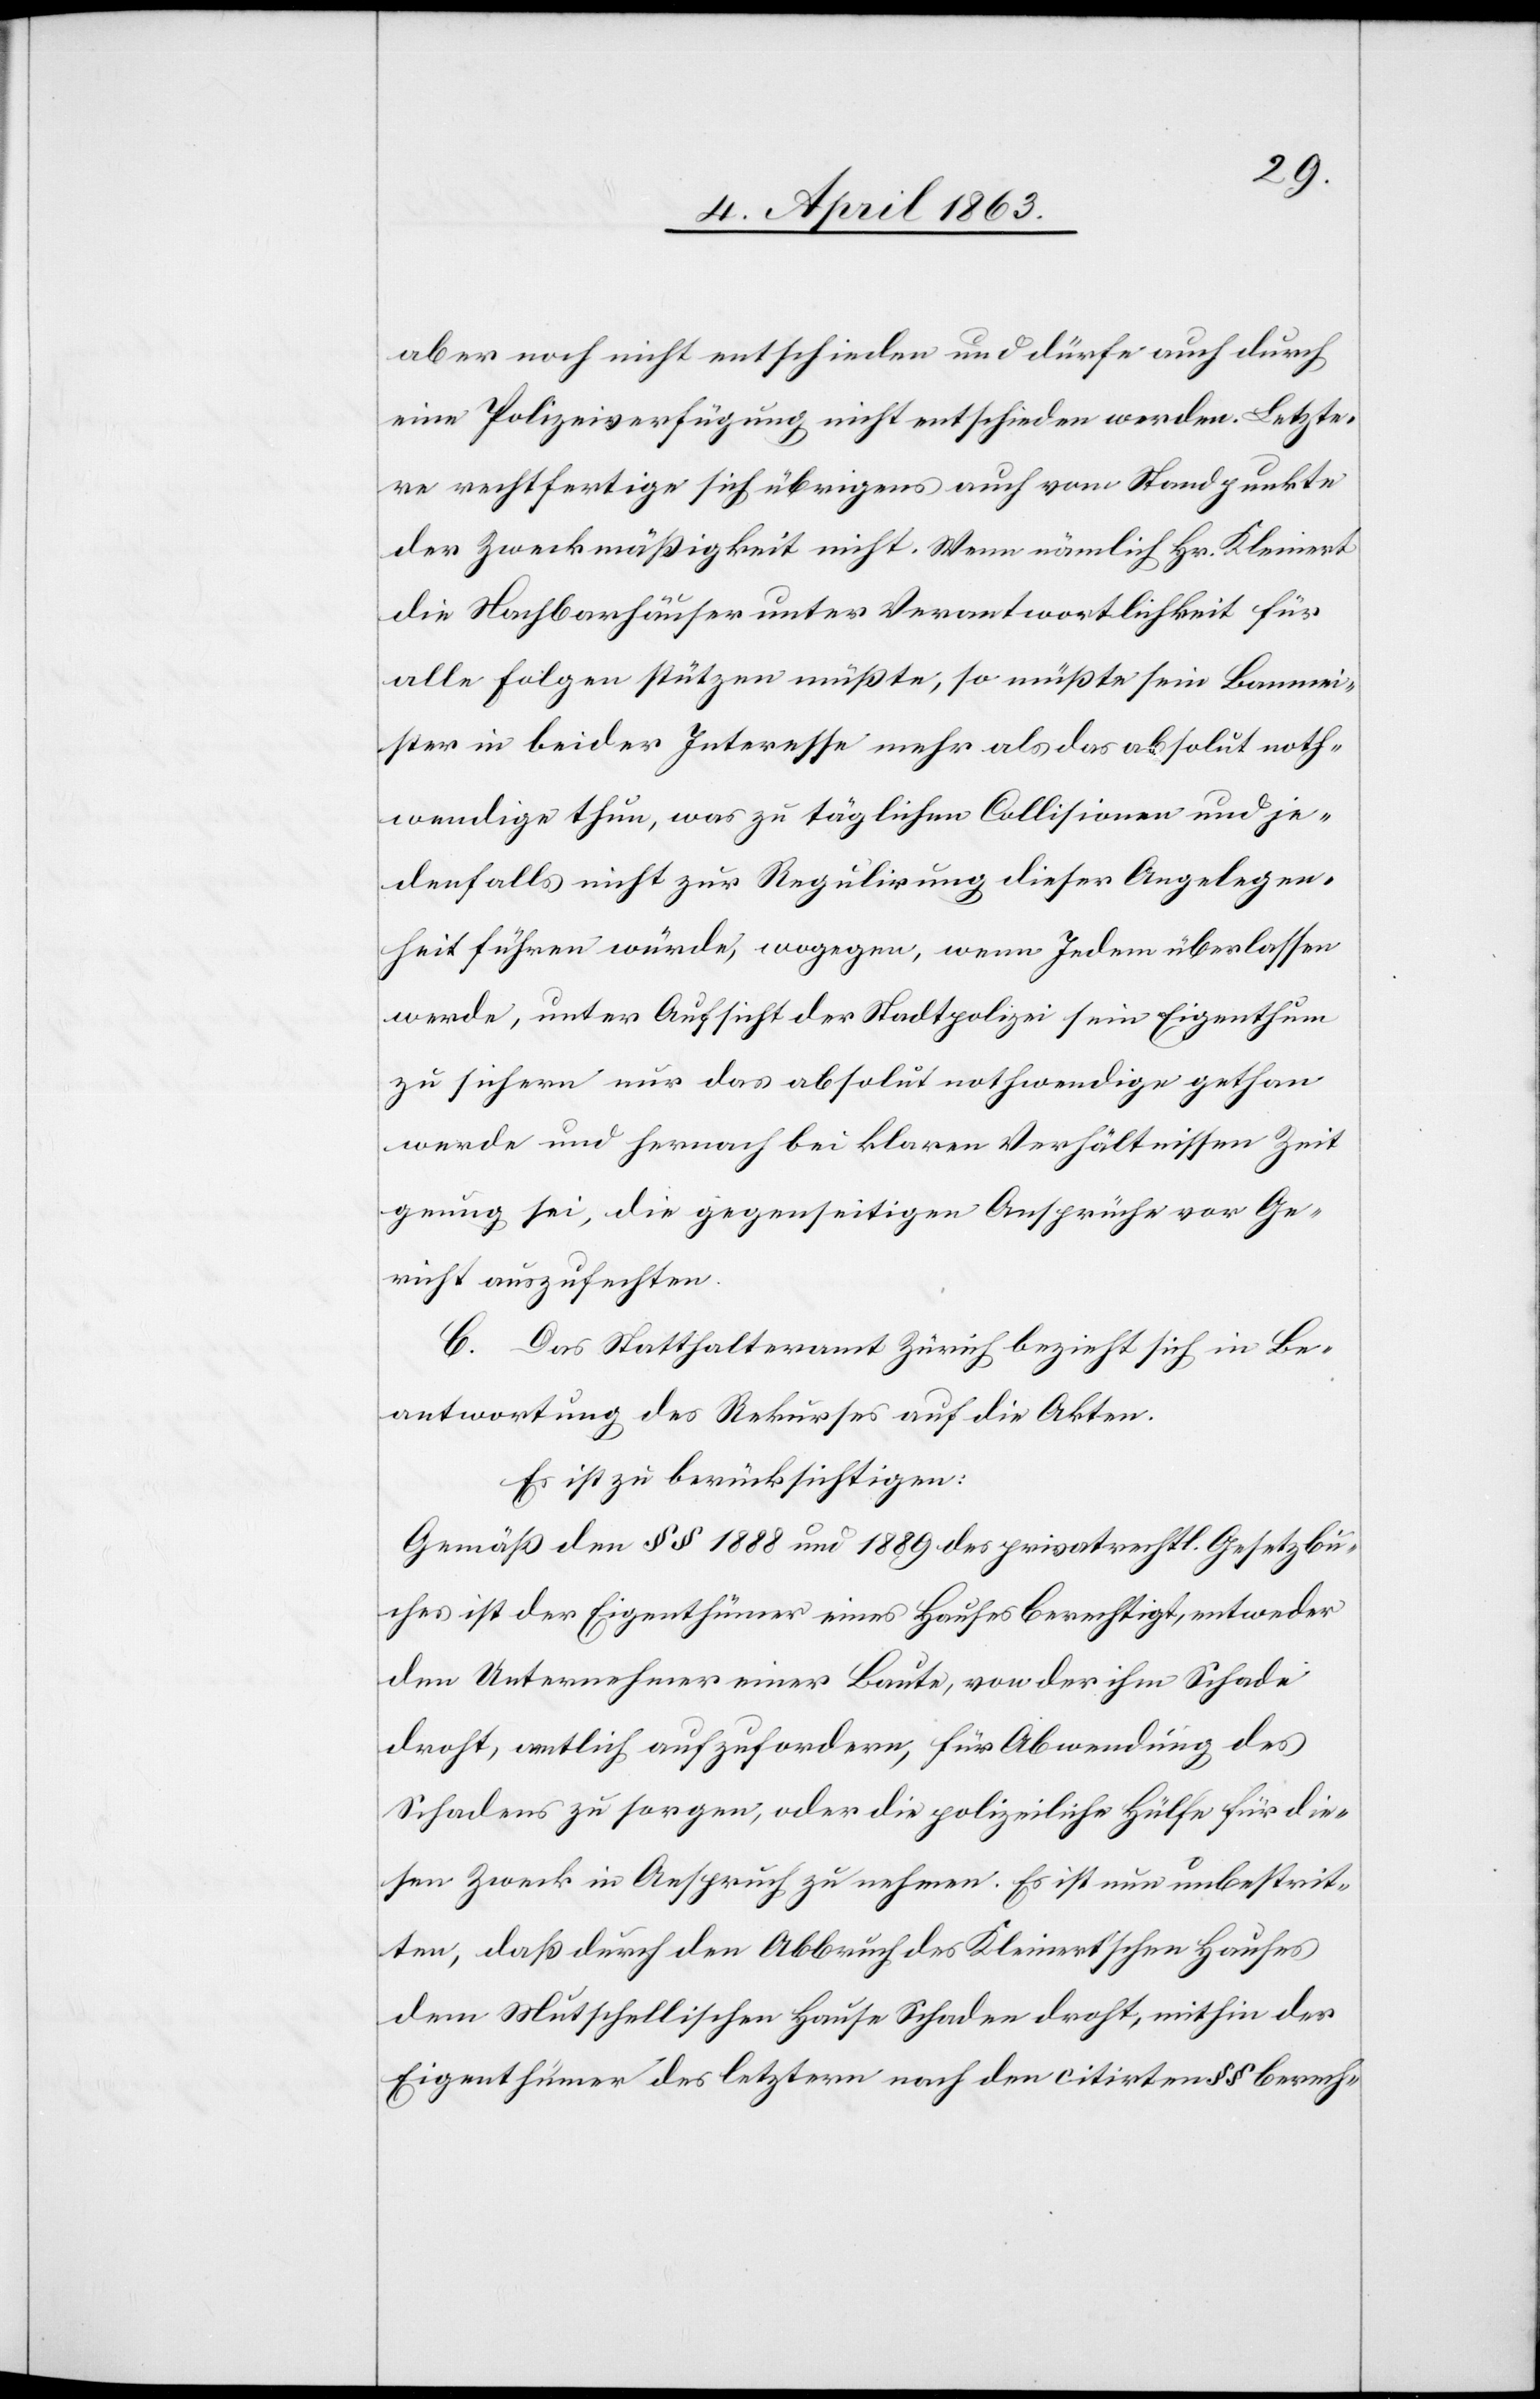
Baume¬
aber noch nicht entschieden und dürfe auch durch
eine Polizeiverfügung nicht entschieden werden. Letzte¬
re rechtfertige sich übrigens auch vom Standpunkte
der Zweckmäßigkeit nicht. Wenn nämlich Hr. Kleinert
die Nachbarhäuser unter Verantwortlichkeit für
alle Folgen stützen müßte, so müßte sein Banmeister
ister] in beider Interesse mehr als das absolut noth¬
wendige thun, was zu täglichen Collisionen und je¬
denfalls nicht zur Regulirung dieser Angelegen¬
heit führen würde, wogegen, wenn Jedem überlassen
werde, unter Aufsicht der Stadtpolizei sein Eigenthum
zu sichern nur das absolut nothwendige gethan
werde und hernach bei klaren Verhältnissen Zeit
genug sei, die gegenseitigen Ansprüche vor Ge¬
richt auszufechten.
C. Das Statthalteramt Zürich bezieht sich in Be¬
antwortung des Rekurses auf die Akten.
Es ist zu berücksichtigen:
Gemäß den §§ 1888 und 1889 des privatrechtl. Gesetzbu¬
ches ist der Eigenthümer eines Hauses berechtigt, entweder
den Unternehmer einer Baute, von der ihm Schade
droht, amtlich aufzufordern, für Abwendung des
Schadens zu sorgen, oder die polizeiliche Hülfe für die¬
sen Zweck in Anspruch zu nehmen. Es ist nun unbestrit¬
ten, daß durch den Abbruch des Kleinert'schen Hauses
dem Mutschellischen Hause Schaden droht, mithin der
Eigenthümer des letztern nach den citirten §§ berech-